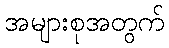
အများစုအတွက်